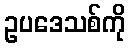
ဥပဒေသစ်ကို